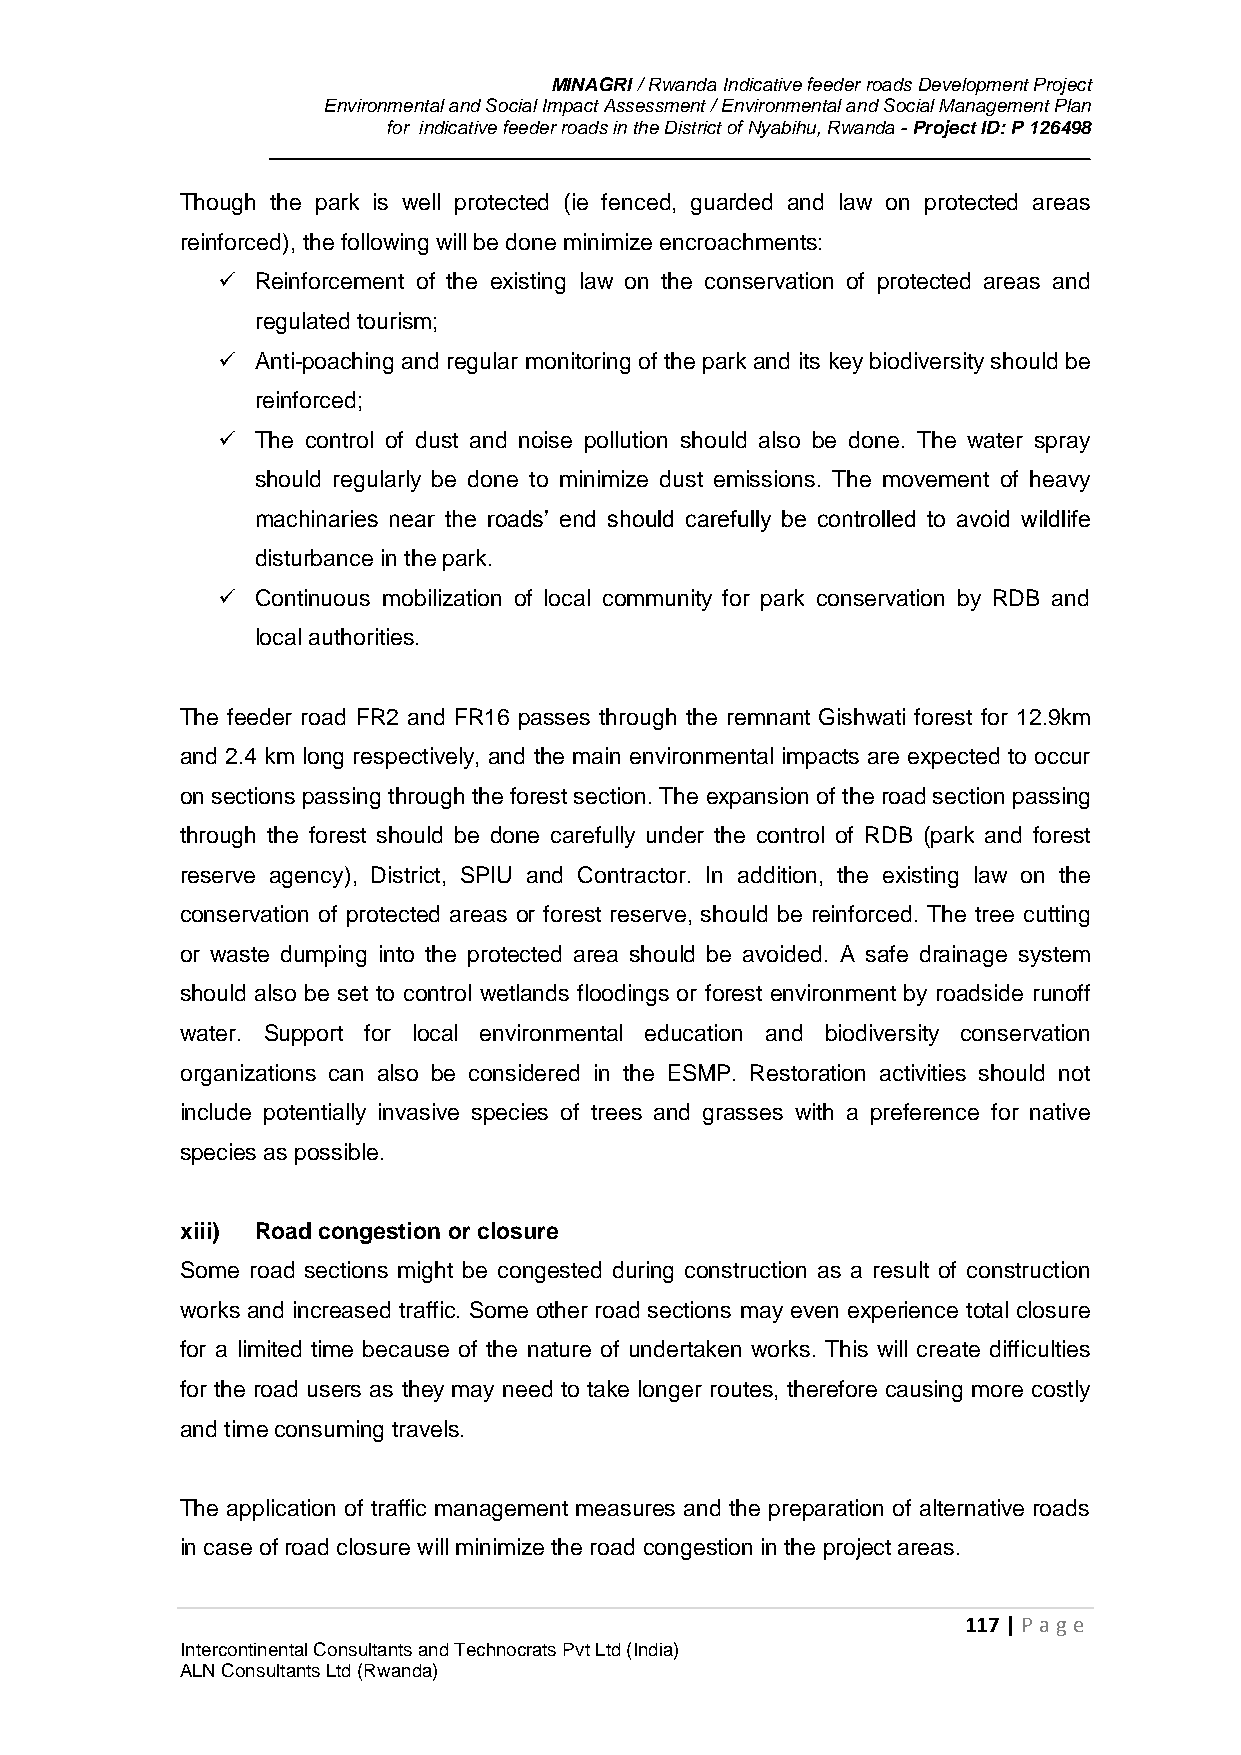
MINAGRI / Rwanda Indicative feeder roads Development Project
 Environmental and Social Impact Assessment / Environmental and Social Management Plan
 for indicative feeder roads in the District of Nyabihu, Rwanda - Project ID: P 126498
 Though the park is well protected (ie fenced, guarded and law on protected areas
 reinforced), the following will be done minimize encroachments:
   Reinforcement of the existing law on the conservation of protected areas and
 regulated tourism;
   Anti-poaching and regular monitoring of the park and its key biodiversity should be
 reinforced;
   The control of dust and noise pollution should also be done. The water spray
 should regularly be done to minimize dust emissions. The movement of heavy
 machinaries near the roads’ end should carefully be controlled to avoid wildlife
 disturbance in the park.
   Continuous mobilization of local community for park conservation by RDB and
 local authorities.
 The feeder road FR2 and FR16 passes through the remnant Gishwati forest for 12.9km
 and 2.4 km long respectively, and the main environmental impacts are expected to occur
 on sections passing through the forest section. The expansion of the road section passing
 through the forest should be done carefully under the control of RDB (park and forest
 reserve agency), District, SPIU and Contractor. In addition, the existing law on the
 conservation of protected areas or forest reserve, should be reinforced. The tree cutting
 or waste dumping into the protected area should be avoided. A safe drainage system
 should also be set to control wetlands floodings or forest environment by roadside runoff
 water. Support for local environmental education and biodiversity conservation
 organizations can also be considered in the ESMP. Restoration activities should not
 include potentially invasive species of trees and grasses with a preference for native
 species as possible.
 xiii) Road congestion or closure
 Some road sections might be congested during construction as a result of construction
 works and increased traffic. Some other road sections may even experience total closure
 for a limited time because of the nature of undertaken works. This will create difficulties
 for the road users as they may need to take longer routes, therefore causing more costly
 and time consuming travels.
 The application of traffic management measures and the preparation of alternative roads
 in case of road closure will minimize the road congestion in the project areas.
 117 | P age
 Intercontinental Consultants and Technocrats Pvt Ltd (India)
 ALN Consultants Ltd (Rwanda)